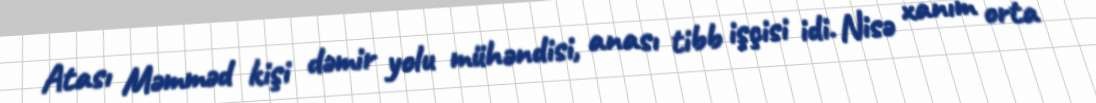
Atası Məmməd kişi dəmir yolu mühəndisi, anası tibb işçisi idi. Nisə xanım orta